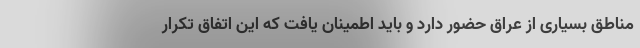
مناطق بسیاری از عراق حضور دارد و باید اطمینان یافت که این اتفاق تکرار